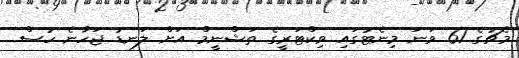
މެޗުގެ 61 ވަނަ މިނެޓުގައި ވިކްޓަރީގެ ތަޝްނީމް އަށް ލަނޑު ޖަހާނެ ހުސް